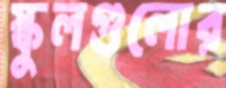
স্কুলগুলোর